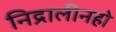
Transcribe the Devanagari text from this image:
निद्रालीनहो